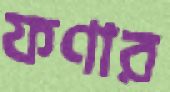
ফণার